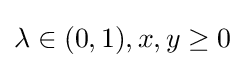
{\textstyle \lambda \in (0,1),x,y\geq 0}